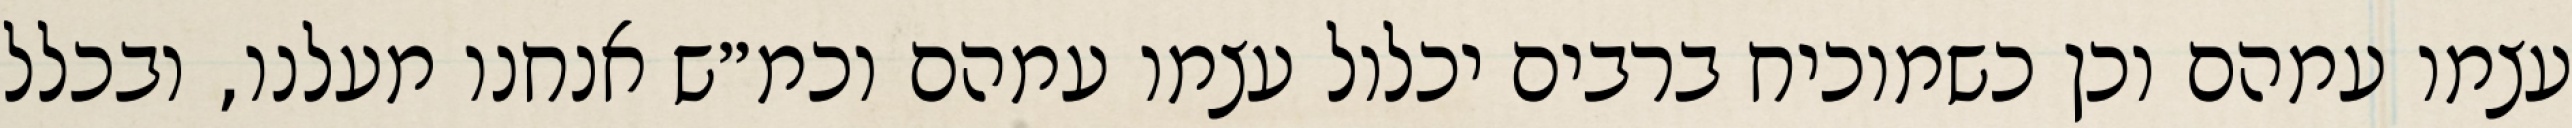
עצמו עמהם וכן כשמוכיח ברבים יכלול עצמו עמהם וכמ״ש אנחנו מעלנו, ובכלל